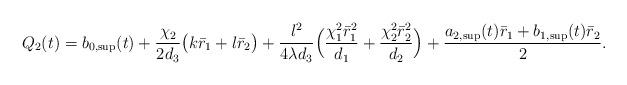
LaTeX: \begin{align*} Q_2(t)=b_{0,\sup}(t)+\frac{\chi_2}{2d_3}\big(k{\bar r_1}+l{\bar r_2}\big)+\frac{l^2}{4\lambda d_3}\Big(\frac{\chi_1^2{\bar r_1}^2}{d_1 }+\frac{\chi_2^2{\bar r_2}^2}{d_2}\Big)+\frac{a_{2,\sup}(t){\bar r_1}+b_{1,\sup}(t){\bar r_2}}{2}.\end{align*}